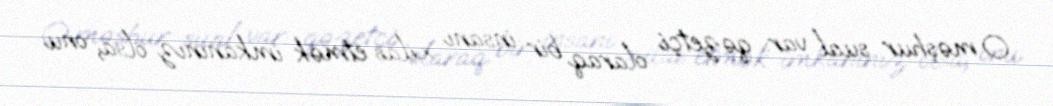
O məşhur sual var: qəzetçi olaraq bir insanı xilas etmək imkanınız olsa, onu